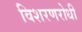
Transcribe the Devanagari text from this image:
विशरणरोधी